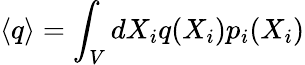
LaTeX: \langle q\rangle=\int_{V}dX_{i}q(X_{i})p_{i}(X_{i})